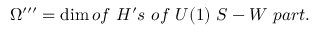
\Omega ^ { \prime \prime \prime } = \dim o f ~ H ^ { \prime } s ~ o f ~ U ( 1 ) ~ S - W ~ p a r t .